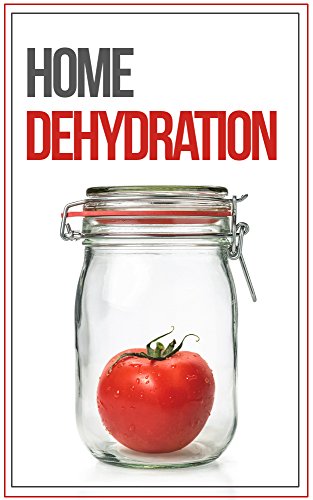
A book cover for Home Food Dehydration and Preservation: How To Dehydrate, Dry, and Preserve Your Food; Brian Night; Cookbooks, Food & Wine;